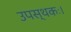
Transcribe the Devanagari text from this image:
उपस्थकः।